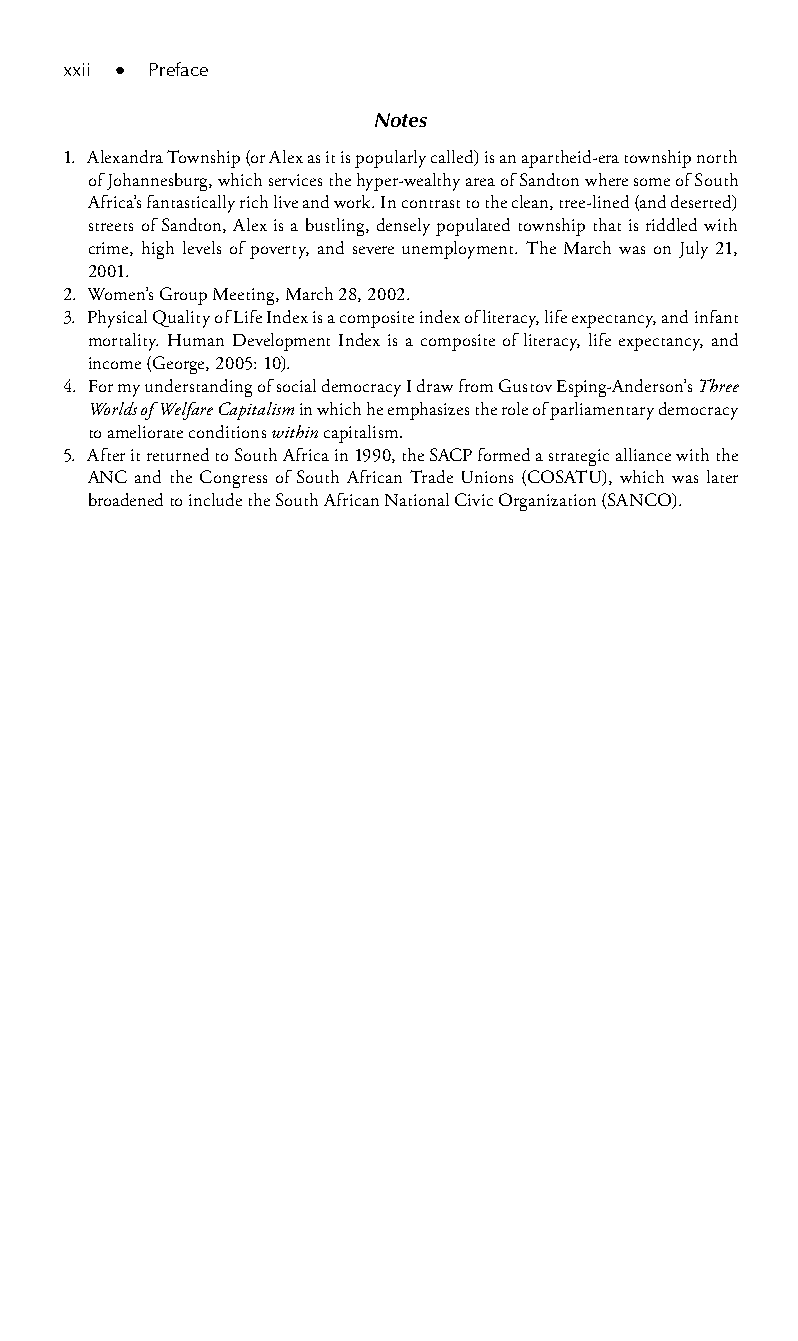
xxii ● Preface
 Notes
 1. Alexandra Township (or Alex as it is popularly called) is an apartheid-era township north
 of Johannesburg, which services the hyper-wealthy area of Sandton where some of South
 Africa’s fantastically rich live and work. In contrast to the clean, tree-lined (and deserted)
 streets of Sandton, Alex is a bustling, densely populated township that is riddled with
 crime, high levels of poverty, and severe unemployment. The March was on July 21,
 2001.
 2. Women’s Group Meeting, March 28, 2002.
 3. Physical Quality of Life Index is a composite index of literacy, life expectancy, and infant
 mortality. Human Development Index is a composite of literacy, life expectancy, and
 income (George, 2005: 10).
 4. For my understanding of social democracy I draw from Gustov Esping-Anderson’s Three
 Worlds of Welfare Capitalism in which he emphasizes the role of parliamentary democracy
 to ameliorate conditions within capitalism.
 5. After it returned to South Africa in 1990, the SACP formed a strategic alliance with the
 ANC and the Congress of South African Trade Unions (COSATU), which was later
 broadened to include the South African National Civic Organization (SANCO).
 99778800223300660066440011ttss0011..iinndddd xxxxiiii 33//2277//22000088 33::0000::0077 PPMM